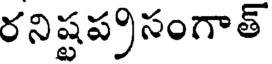
రనిష్టప్రసంగాత్